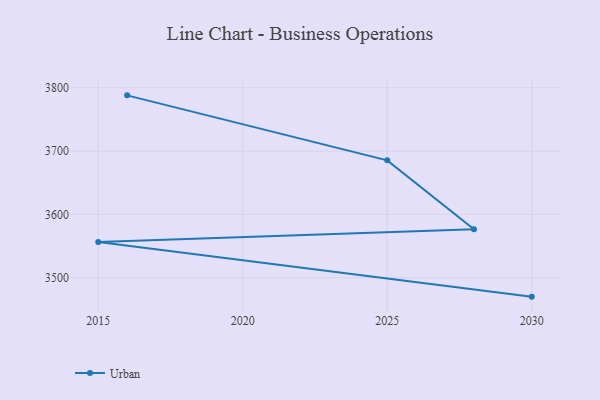
{"axis": {"x": "Year", "y": "Demand Index"}, "legend": ["Urban"], "data": [{"x": "2016", "y": 3788.0, "type": "Urban"}, {"x": "2025", "y": 3685.3, "type": "Urban"}, {"x": "2028", "y": 3576.5, "type": "Urban"}, {"x": "2015", "y": 3556.4, "type": "Urban"}, {"x": "2030", "y": 3470.0, "type": "Urban"}]}